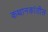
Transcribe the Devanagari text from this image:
कथानकांतील